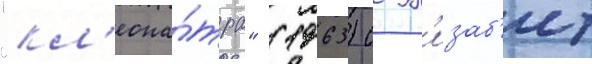
"кл'еопа́тра" (1963) с эл'изаб'ет